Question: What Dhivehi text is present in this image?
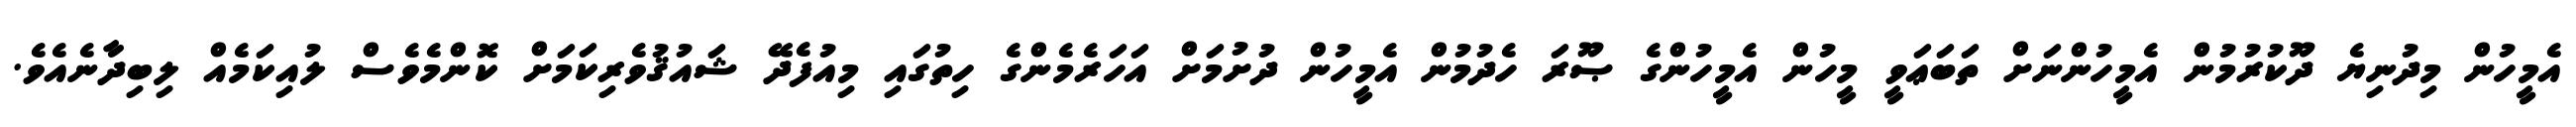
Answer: އެމީހުން މިދުނިޔެ ދޫކުރުމުން އެމީހުންނަށް ތަބަޢަވީ މީހުން އެމީހުންގެ ޞޫރަ ހެދުމުން އެމީހުން ދުށުމަށް އަހަރެމެންގެ ހިތުގައި މިއުފެދޭ ޝައުޤުވެރިކަމަށް ކޮންމެވެސް ލުއިކަމެއް ލިބިދާނެއެވެ.